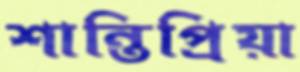
শান্তিপ্রিয়া